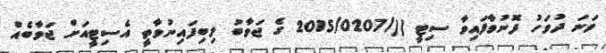
ވަނަ ދުވަހު ފޮނުވާފައިވާ ސިޓީ ((/2015/0207 ގެ ޖަވާބު ލިބިފައިނުވާތީ އެސިޓީއަށް ޖަވާބެއް